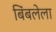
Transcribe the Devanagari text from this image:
बिंबलेला